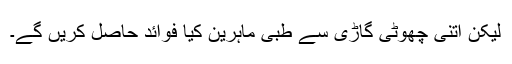
لیکن اتنی چھوٹی گاڑی سے طبی ماہرین کیا فوائد حاصل کریں گے۔